Vaccine operations Central Provinces 1886-1899 - 1886-1899
Year: 1886
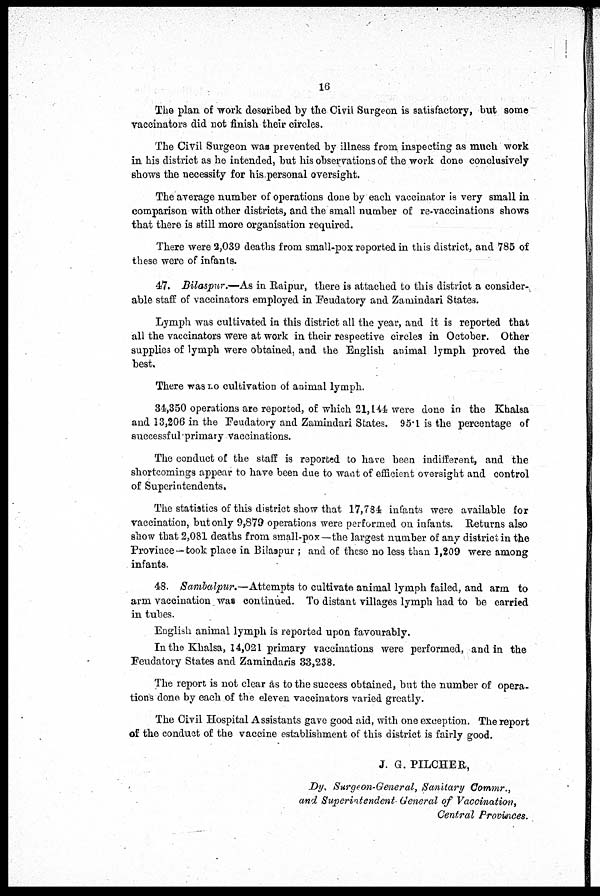
16
The plan of work described by the Civil Surgeon is satisfactory, but some
vaccinators did not finish their circles.
The Civil Surgeon was prevented by illness from inspecting as much work
in his district as he intended, but his observations of the work done conclusively
shows the necessity for his personal oversight.
The average number of operations done by each vaccinator is very small in
comparison with other districts, and the small number of re-vaccinations shows
that there is still more organisation required.
There were 2,039 deaths from small-pox reported in this district, and 785 of
these were of infants.
47. Bilaspur.—As in Raipur, there is attached to this district a consider-
able staff of vaccinators employed in Feudatory and Zamindari States.
Lymph was cultivated in this district all the year, and it is reported that
all the vaccinators were at work in their respective circles in October. Other
supplies of lymph were obtained, and the English animal lymph proved the
best.
There was LO cultivation of animal lymph.
34,350 operations are reported, of which 21,144 were done in the Khalsa
and 13,206 in the Feudatory and Zamindari States. 95.1 is the percentage of
successful-primary vaccinations.
The conduct of the staff is reported to have been indifferent, and the
shortcomings appear to have been due to want of efficient oversight and control
of Superintendents.
The statistics of this district show that 17,784 infants were available for
vaccination, but only 9,879 operations were performed on infants. Returns also
show that 2,081 deaths from small-pox—the largest number of any district in the
Province—took place in Bilaspur ; and of these no less than 1,209 were among
infants.
48. Sambalpur.—Attempts to cultivate animal lymph failed, and arm to
arm vaccination was continued. To distant villages lymph had to be carried
in tubes.
English animal lymph is reported upon favourably.
In the Khalsa, 14,021 primary vaccinations were performed, and in the
Feudatory States and Zamindaris 33,238.
The report is not clear as to the success obtained, but the number of opera-
tions done by each of the eleven vaccinators varied greatly.
The Civil Hospital Assistants gave good aid, with one exception. The report
of the conduct of the vaccine establishment of this district is fairly good.
J. G. PILCHER,
Dy. Surgeon-General, Sanitary Commr.,
and Superintendent General of Vaccination,
Central Provinces.